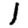
Digit: 1